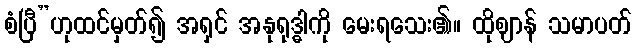
စံပြီ”ဟုထင်မှတ်၍ အရှင် အနုရုဒ္ဓါကို မေးရသေး၏။ ထိုဈာန် သမာပတ်